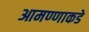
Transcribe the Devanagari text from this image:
आमण्णाकडे